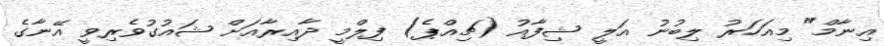
އިނާމް" މިއަހަރު ލިބުނު އަލީ ޝިފާއު (ޗިއްޕެ) ފިލްމީ ދާއިރާއަށް ޝައުގުވެރިވީ އޭނާގެ